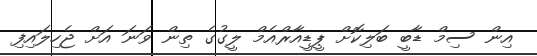
އިން ސިމް ޑާބީ ބަލިކޮށް ޕީޑީއާރްއެމް ލީގުގެ ތިން ވަނަ އަށް ޖެހިލައިފި